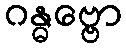
ဂန္ဓဗ္ဗော